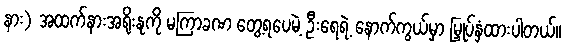
နား) အထက်နားအရိုးနုကို မကြာခဏ တွေ့ရပေမဲ့ ဦးရေရဲ့ နောက်ကွယ်မှာ မြှုပ်နှံထားပါတယ်။